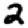
Digit: 2